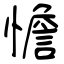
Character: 憺